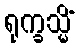
ရုက္ခသ္မိံ